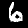
Label: 6